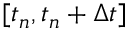
[ t _ { n } , t _ { n } + \Delta t ]